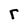
Character: r